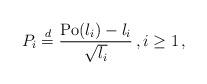
LaTeX: \begin{align*}P_i \stackrel{d}{=} \frac{{\rm Po}(\l_i) - \l_i}{\sqrt{\l_i}}\,, i\ge1\,,\end{align*}